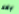
بعد